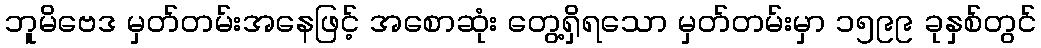
ဘူမိဗေဒ မှတ်တမ်းအနေဖြင့် အစောဆုံး တွေ့ရှိရသော မှတ်တမ်းမှာ ၁၅၉၉ ခုနှစ်တွင်